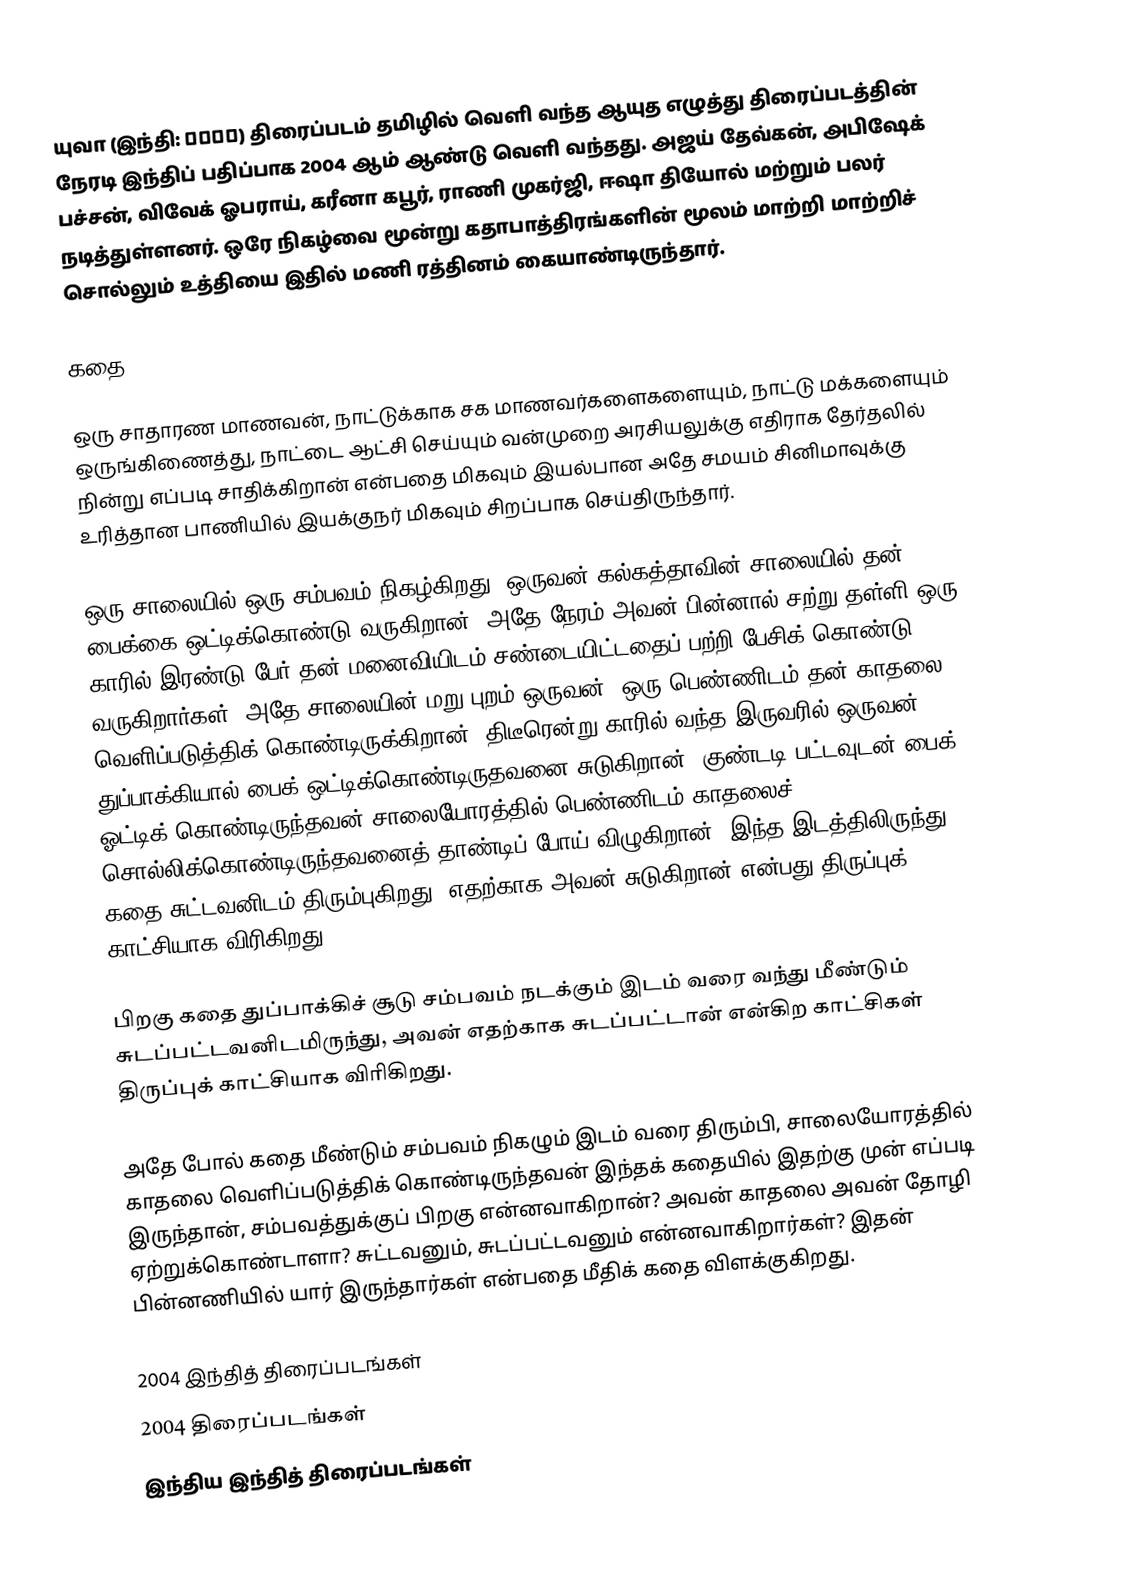
யுவா (இந்தி: युवा) திரைப்படம் தமிழில் வெளி வந்த ஆயுத எழுத்து திரைப்படத்தின் நேரடி இந்திப் பதிப்பாக 2004 ஆம் ஆண்டு வெளி வந்தது. அஜய் தேவ்கன், அபிஷேக் பச்சன், விவேக் ஓபராய், கரீனா கபூர், ராணி முகர்ஜி, ஈஷா தியோல் மற்றும் பலர் நடித்துள்ளனர். ஒரே நிகழ்வை மூன்று கதாபாத்திரங்களின் மூலம் மாற்றி மாற்றிச் சொல்லும் உத்தியை இதில் மணி ரத்தினம் கையாண்டிருந்தார்.

கதை

ஒரு சாதாரண மாணவன், நாட்டுக்காக சக மாணவர்களைகளையும், நாட்டு மக்களையும் ஒருங்கிணைத்து, நாட்டை ஆட்சி செய்யும் வன்முறை அரசியலுக்கு எதிராக தேர்தலில் நின்று எப்படி சாதிக்கிறான் என்பதை மிகவும் இயல்பான அதே சமயம் சினிமாவுக்கு உரித்தான பாணியில் இயக்குநர் மிகவும் சிறப்பாக செய்திருந்தார்.

ஒரு சாலையில் ஒரு சம்பவம் நிகழ்கிறது. ஒருவன் கல்கத்தாவின் சாலையில் தன் பைக்கை ஒட்டிக்கொண்டு வருகிறான். அதே நேரம் அவன் பின்னால் சற்று தள்ளி ஒரு காரில் இரண்டு பேர் தன் மனைவியிடம் சண்டையிட்டதைப் பற்றி பேசிக் கொண்டு வருகிறார்கள். அதே சாலையின் மறு புறம் ஒருவன், ஒரு பெண்ணிடம் தன் காதலை வெளிப்படுத்திக் கொண்டிருக்கிறான். திடீரென்று காரில் வந்த இருவரில் ஒருவன் துப்பாக்கியால் பைக் ஒட்டிக்கொண்டிருதவனை சுடுகிறான். குண்டடி பட்டவுடன் பைக் ஓட்டிக் கொண்டிருந்தவன் சாலையோரத்தில் பெண்ணிடம் காதலைச் சொல்லிக்கொண்டிருந்தவனைத் தாண்டிப் போய் விழுகிறான். இந்த இடத்திலிருந்து கதை சுட்டவனிடம் திரும்புகிறது. எதற்காக அவன் சுடுகிறான் என்பது திருப்புக் காட்சியாக விரிகிறது.

பிறகு கதை துப்பாக்கிச் சூடு சம்பவம் நடக்கும் இடம் வரை வந்து மீண்டும் சுடப்பட்டவனிடமிருந்து, அவன் எதற்காக சுடப்பட்டான் என்கிற காட்சிகள் திருப்புக் காட்சியாக விரிகிறது.

அதே போல் கதை மீண்டும் சம்பவம் நிகழும் இடம் வரை திரும்பி, சாலையோரத்தில் காதலை வெளிப்படுத்திக் கொண்டிருந்தவன் இந்தக் கதையில் இதற்கு முன் எப்படி இருந்தான், சம்பவத்துக்குப் பிறகு என்னவாகிறான்? அவன் காதலை அவன் தோழி ஏற்றுக்கொண்டாளா? சுட்டவனும், சுடப்பட்டவனும் என்னவாகிறார்கள்? இதன் பின்னணியில் யார் இருந்தார்கள் என்பதை மீதிக் கதை விளக்குகிறது.

2004 இந்தித் திரைப்படங்கள்
2004 திரைப்படங்கள்
இந்திய இந்தித் திரைப்படங்கள்